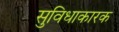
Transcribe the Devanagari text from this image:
सुविधाकारक